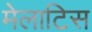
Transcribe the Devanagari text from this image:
मेलाटिस